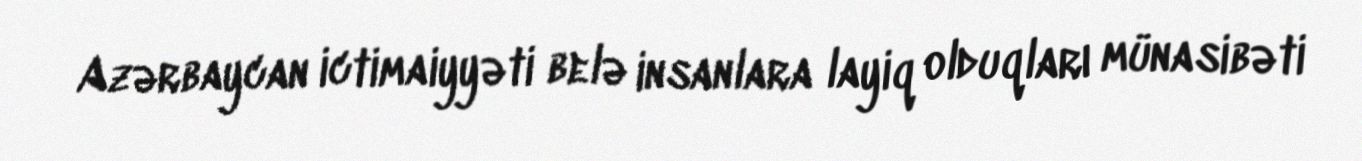
Azərbaycan ictimaiyyəti belə insanlara layiq olduqları münasibəti